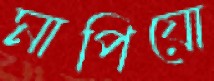
মাপিয়ো